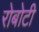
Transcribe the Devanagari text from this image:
रोबोटी